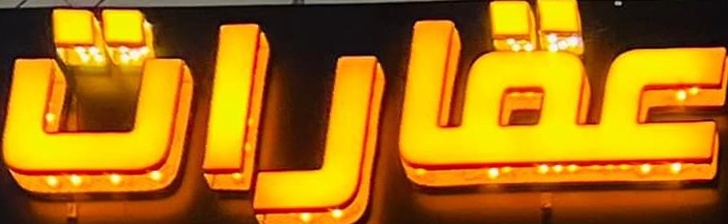
عقارات